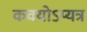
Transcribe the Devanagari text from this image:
कवयोऽप्यत्र